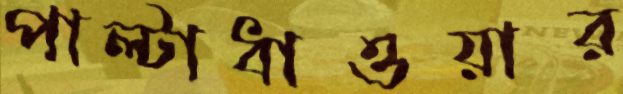
পাল্টাধাওয়ার